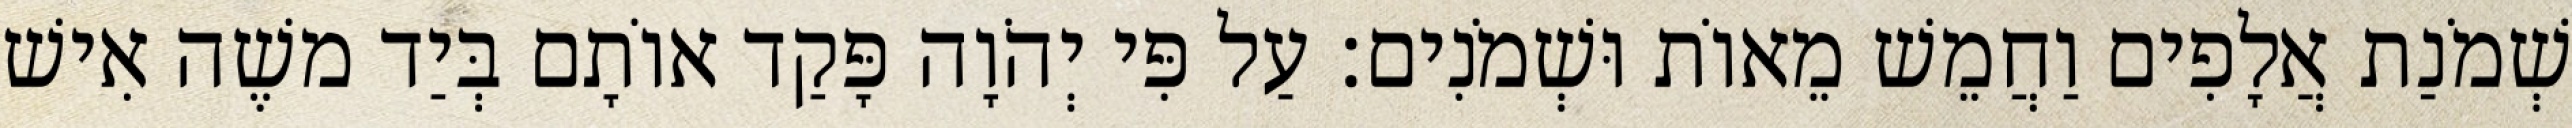
שְׁמֹנַת אֲלָפִים וַחֲמֵשׁ מֵאוֹת וּשְׁמֹנִים׃ עַל פִּי יְהֹוָה פָּקַד אוֹתָם בְּיַד משֶׁה אִישׁ